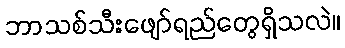
ဘာသစ်သီးဖျော်ရည်တွေရှိသလဲ။